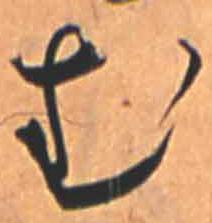
む